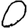
Digit: 0